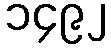
၁၄၉၂